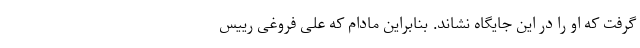
گرفت که او را در این جایگاه نشاند. بنا‌بر‌این مادام که علی فروغی رییس